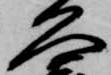
久